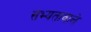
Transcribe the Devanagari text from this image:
सभ्यतावाले